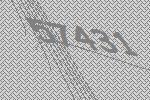
57431